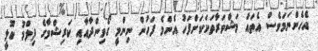
އެހެންނަމަވެސް އެތައް މަޝްވަރާތަކަކަށްފަހު އެންމެ ފަހުން ނިންމީ ގޯވިންދާއާއި ކަރިޝްމާގެ ފިލްމު ކޫލީ